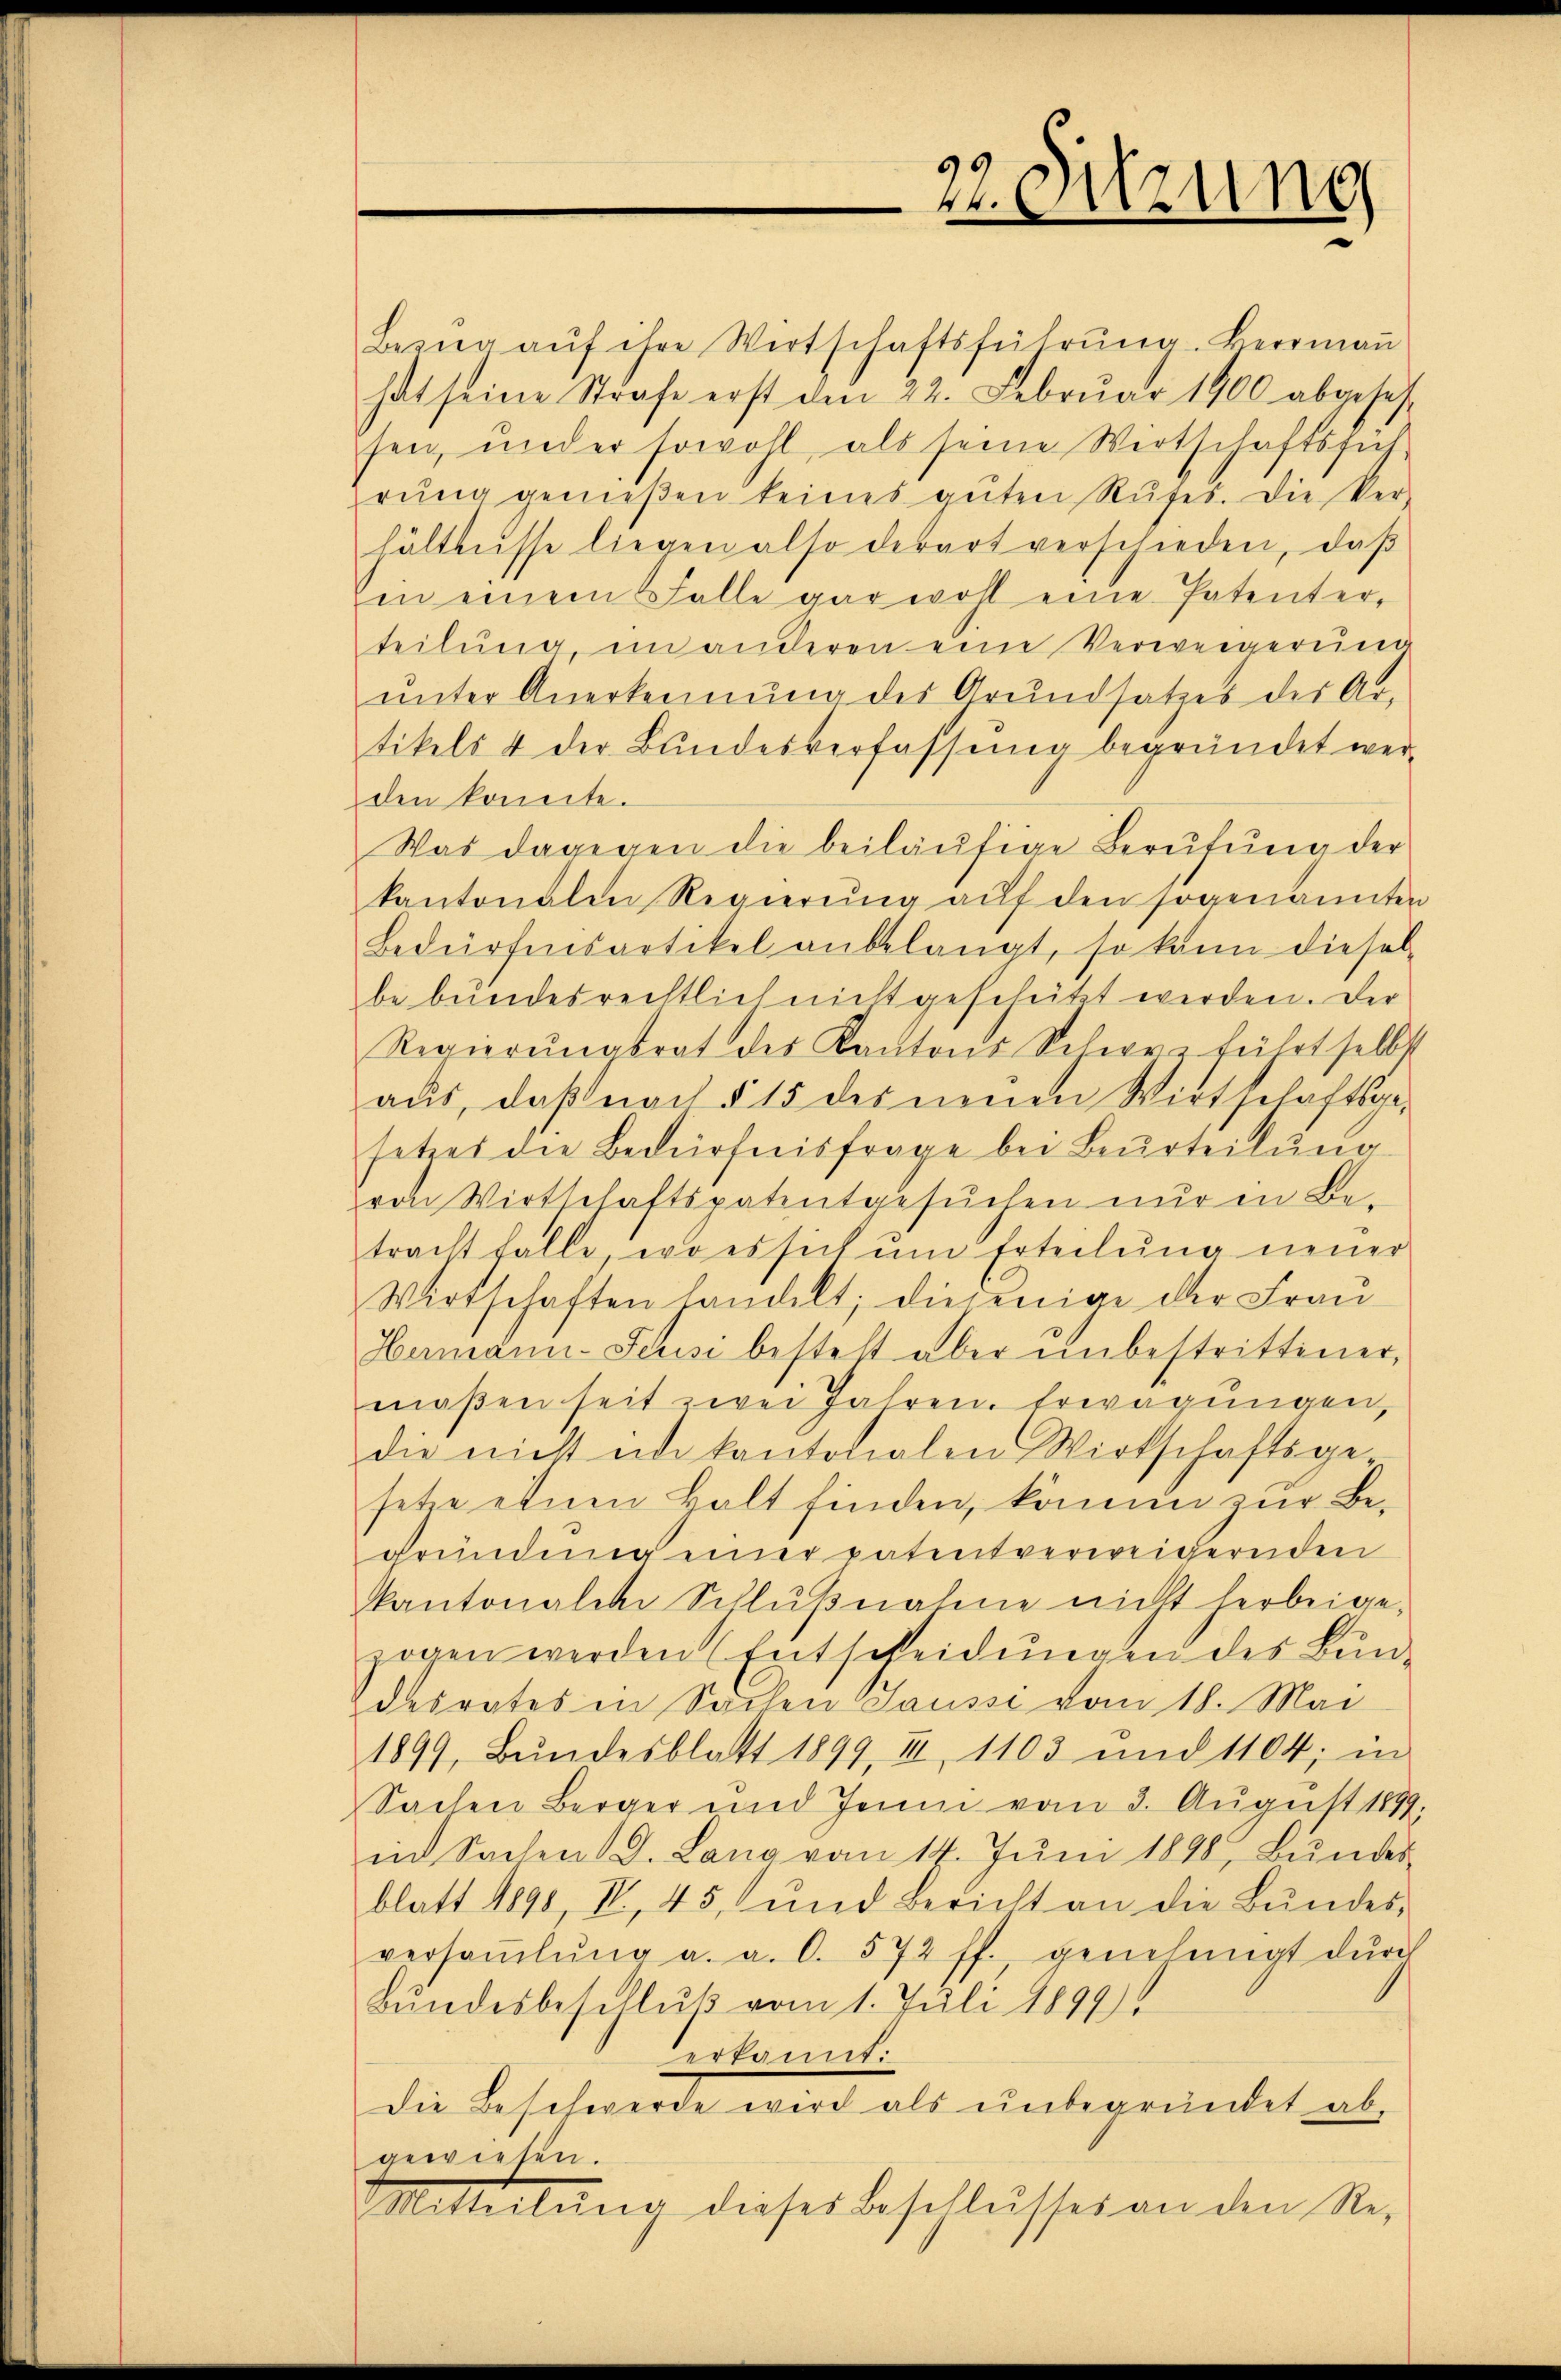
22. Sitzung

Bezug auf ihre Wirtschaftsführung. Herrman
hat seine Strafe erst den 22. Februar 1900 abgeses
sen, und er sowohl als seine Wertschaftsfüh-
rŭng genießen keines guten Rufes. Die Ver-
hältnisse liegen also derart verschieden, daβ
in einem Falle gar wohl eine Patenter-
teilŭng im anderen eine Verweigerung
ŭnter Anerkennung des Grundsatzes der Ar-
tikels & der Bundesverfassung begründet wer-
den konnte.
Was dagegen die beiläufige Berufung der
kantonalen Regierung auf den sogenannten
Bedürfensartikel anbelangt, so kann diesel
be beindesrechtlich nicht gescheitet werden. Der
Regierŭngsrat des Kantons Schweiz führt selbst
aus, daß nach § 15 des neuen Wirtschaftsge-
setzes die Bedürfnisfrage bei Beurteilŭng
von Wirtschaftspatentgesuchen nur in Betracht falle, wo es sich ŭm Erteilŭng neuer
Wirtschaften handelt; diejenige der Frau
Hermann-Schisi besteht aber unbestrittener,
maßen seit zwei Jahren. Erwägungen,
die nicht ide kantonalen Wirtschaftsge-
setze einen Bolt finden, können zur Begründener einer patentverweigernden
kantonalen Schlŭβnahme nicht herbeigezogen werden (Entscheidungen des Bun-
desrates in Sachen Saussi vom 18. Mai
1899, Bŭndesblatt 1899, III, 1103 und 1104; in
Sachen Berger und Jenin vom 3. Aŭgŭst 1899.
in Sachen d. Lang vom 14. Jŭni 1898, Bundes-
blatt 1890, IV, 45, und Bericht an die Bŭndes-
versaṁlŭng a. a. 0. 572 ff., genehmigt dŭrch
Bundesbeschluß vom 1. Juli 1899
erkannt:
die Beschwerde wird als unbegründet ab.
gewiesen.
Mitteilŭng dieses Beschlŭsses an den Re-